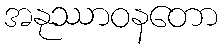
အနုဿာဝနတော